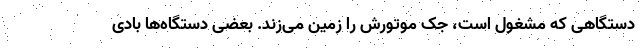
دستگاهی که مشغول است، جکِ موتورش را زمین می‌زند. بعضی دستگاه‌ها بادی